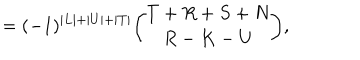
= ( - 1 ) ^ { \vert L \vert + \vert U \vert + \vert T \vert } { \binom { T + R + S + N } { R - K - U } } ,